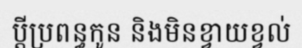
ប្តីប្រពន្ធកូន និងមិនខ្វាយខ្វល់